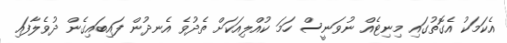
އެކަމަކު އެގޮތުގައި މިނިޓެއް ނުވަނީސް ހަމަ ކުއްލިއަކަށް ތެދުވެ އެނދުން ފައިބައިގެން ދުވެލާފައި